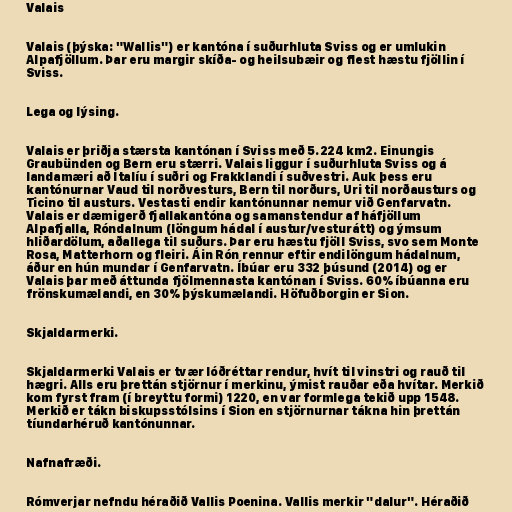
Valais

Valais (þýska: "Wallis") er kantóna í suðurhluta Sviss og er umlukin
Alpafjöllum. Þar eru margir skíða- og heilsubæir og flest hæstu fjöllin í
Sviss.

Lega og lýsing.

Valais er þriðja stærsta kantónan í Sviss með 5.224 km2. Einungis
Graubünden og Bern eru stærri. Valais liggur í suðurhluta Sviss og á
landamæri að Ítalíu í suðri og Frakklandi í suðvestri. Auk þess eru
kantónurnar Vaud til norðvesturs, Bern til norðurs, Uri til norðausturs og
Ticino til austurs. Vestasti endir kantónunnar nemur við Genfarvatn.
Valais er dæmigerð fjallakantóna og samanstendur af háfjöllum
Alpafjalla, Róndalnum (löngum hádal í austur/vesturátt) og ýmsum
hliðardölum, aðallega til suðurs. Þar eru hæstu fjöll Sviss, svo sem Monte
Rosa, Matterhorn og fleiri. Áin Rón rennur eftir endilöngum hádalnum,
áður en hún mundar í Genfarvatn. Íbúar eru 332 þúsund (2014) og er
Valais þar með áttunda fjölmennasta kantónan í Sviss. 60% íbúanna eru
frönskumælandi, en 30% þýskumælandi. Höfuðborgin er Sion.

Skjaldarmerki.

Skjaldarmerki Valais er tvær lóðréttar rendur, hvít til vinstri og rauð til
hægri. Alls eru þrettán stjörnur í merkinu, ýmist rauðar eða hvítar. Merkið
kom fyrst fram (í breyttu formi) 1220, en var formlega tekið upp 1548.
Merkið er tákn biskupsstólsins í Sion en stjörnurnar tákna hin þrettán
tíundarhéruð kantónunnar.

Nafnafræði.

Rómverjar nefndu héraðið Vallis Poenina. Vallis merkir "dalur". Héraðið